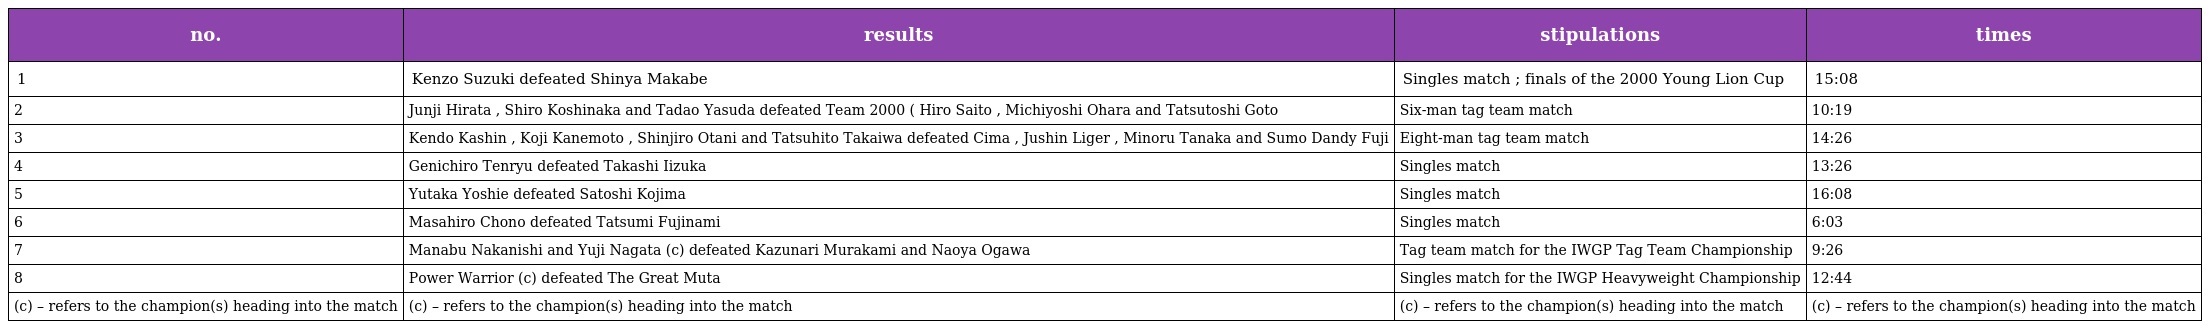
| no. | results | stipulations | times |
 | --- | --- | --- | --- |
 | 1 | Kenzo Suzuki defeated Shinya Makabe | Singles match ; finals of the 2000 Young Lion Cup | 15:08 |
 | 2 | Junji Hirata , Shiro Koshinaka and Tadao Yasuda defeated Team 2000 ( Hiro Saito , Michiyoshi Ohara and Tatsutoshi Goto | Six-man tag team match | 10:19 |
 | 3 | Kendo Kashin , Koji Kanemoto , Shinjiro Otani and Tatsuhito Takaiwa defeated Cima , Jushin Liger , Minoru Tanaka and Sumo Dandy Fuji | Eight-man tag team match | 14:26 |
 | 4 | Genichiro Tenryu defeated Takashi Iizuka | Singles match | 13:26 |
 | 5 | Yutaka Yoshie defeated Satoshi Kojima | Singles match | 16:08 |
 | 6 | Masahiro Chono defeated Tatsumi Fujinami | Singles match | 6:03 |
 | 7 | Manabu Nakanishi and Yuji Nagata (c) defeated Kazunari Murakami and Naoya Ogawa | Tag team match for the IWGP Tag Team Championship | 9:26 |
 | 8 | Power Warrior (c) defeated The Great Muta | Singles match for the IWGP Heavyweight Championship | 12:44 |
 | (c) – refers to the champion(s) heading into the match | (c) – refers to the champion(s) heading into the match | (c) – refers to the champion(s) heading into the match | (c) – refers to the champion(s) heading into the match |